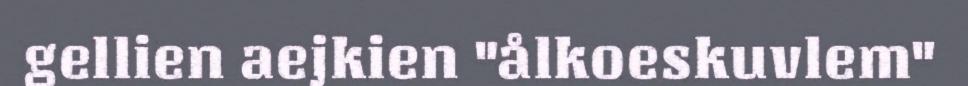
gellien aejkien "ålkoeskuvlem"